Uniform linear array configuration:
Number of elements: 32
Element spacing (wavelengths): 0.5
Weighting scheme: binomial
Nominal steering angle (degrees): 15
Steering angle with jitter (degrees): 16.83
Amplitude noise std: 0.05
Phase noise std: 0.05

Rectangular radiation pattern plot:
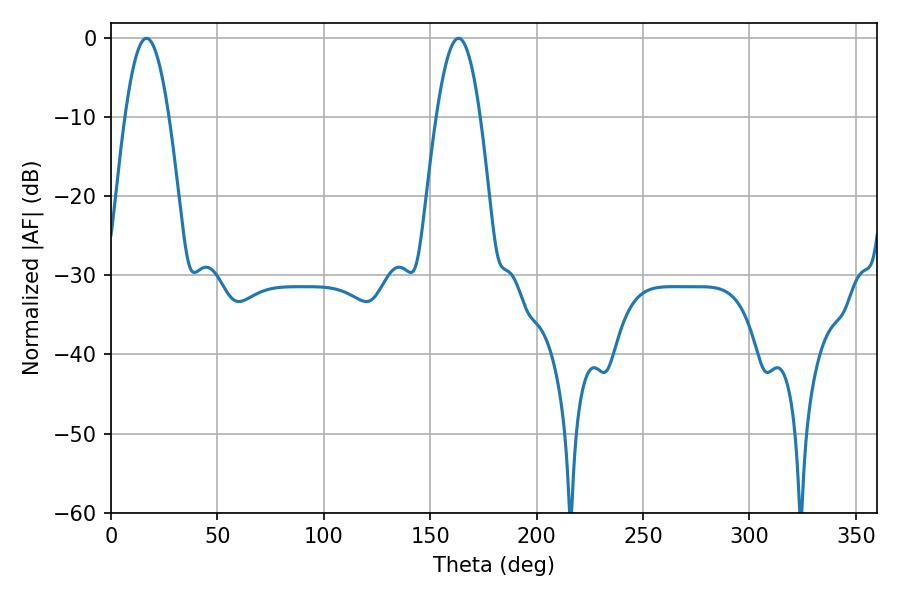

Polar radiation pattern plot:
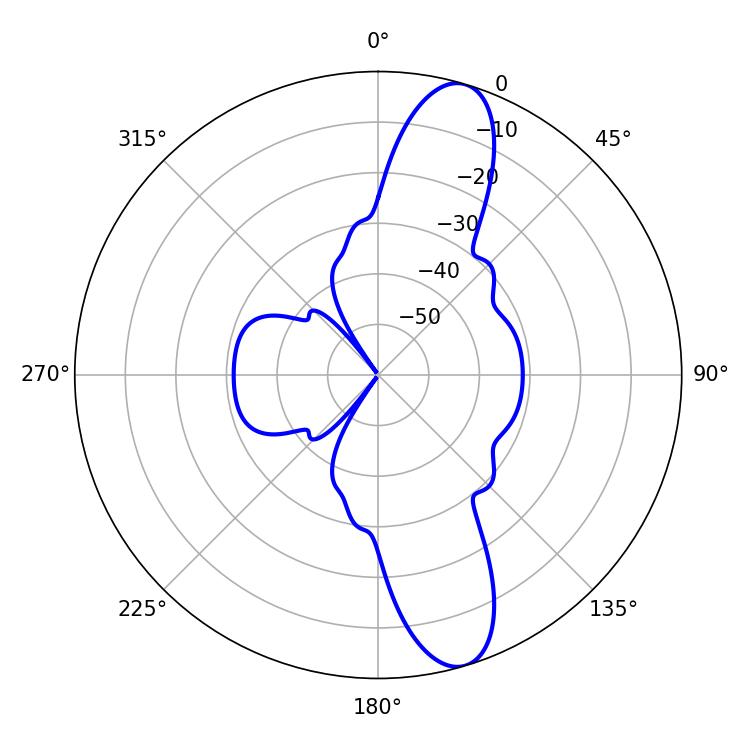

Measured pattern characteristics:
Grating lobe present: FALSE
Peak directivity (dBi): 12.134
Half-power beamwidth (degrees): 11.16
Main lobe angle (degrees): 16.74